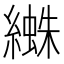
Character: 𦅱